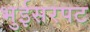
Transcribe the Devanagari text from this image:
भुईसरपट